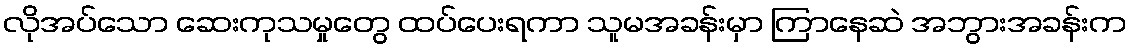
လိုအပ်သော ဆေးကုသမှုတွေ ထပ်ပေးရကာ သူမအခန်းမှာ ကြာနေဆဲ အဘွားအခန်းက